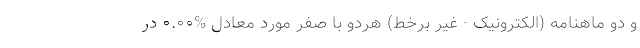
و دو ماهنامه (الکترونیک - غیر برخط) هردو با صفر مورد معادل %۰.۰۰ در